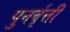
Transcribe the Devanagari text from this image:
पुनर्वृत्ती